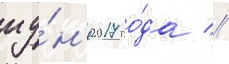
иу́н'я 2017 го́да //